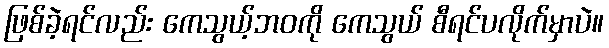
ဖြစ်ခဲ့ရင်လည်း ကေသွယ့်ဘဝကို ကေသွယ် စီရင်ပလိုက်မှာပဲ။